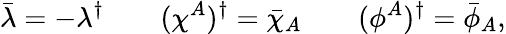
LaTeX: \bar{\lambda}=-\lambda^{\dagger}\qquad(\chi^{A})^{\dagger}=\bar{\chi}_{A}\qquad(\phi^{A})^{\dagger}=\bar{\phi}_{A},